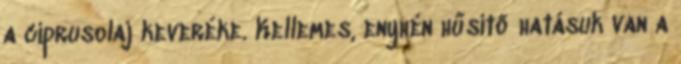
a ciprusolaj keveréke. Kellemes, enyhén hűsítő hatásuk van a